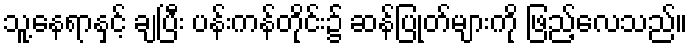
သူ့နေရာနှင့် ချပြီး ပန်းကန်တိုင်း၌ ဆန်ပြုတ်များကို ဖြည့်လေသည်။